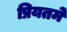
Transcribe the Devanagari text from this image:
प्रियतमे